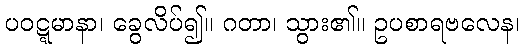
ပဝဋ္ဋမာနာ၊ ခွေလိပ်၍။ ဂတာ၊ သွား၏။ ဥပစာရဗလေန၊